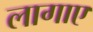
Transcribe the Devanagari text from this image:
लागाए